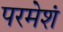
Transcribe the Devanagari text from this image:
परमेशं